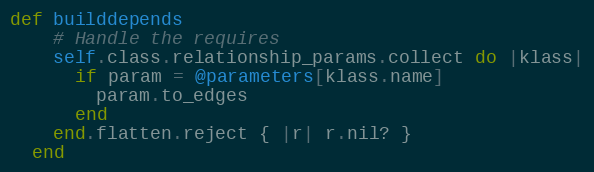
Language: Ruby
def builddepends
    # Handle the requires
    self.class.relationship_params.collect do |klass|
      if param = @parameters[klass.name]
        param.to_edges
      end
    end.flatten.reject { |r| r.nil? }
  end